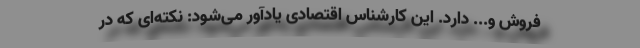
فروش و... دارد. ‌این كارشناس اقتصادی یادآور می‌شود: نكته‌ای كه در